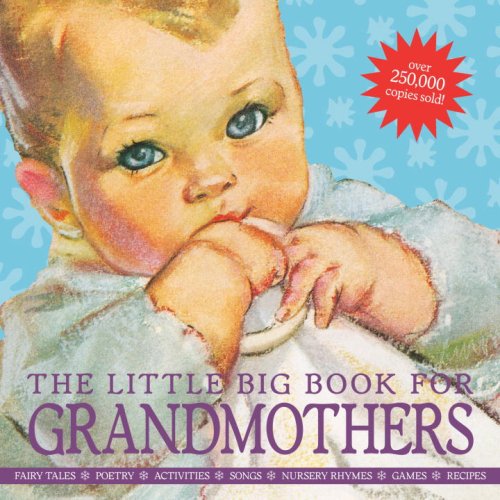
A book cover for The Little Big Book for Grandmothers, revised edition; Literature & Fiction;